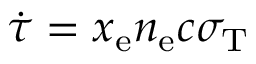
\dot { \tau } = x _ { \mathrm { e } } n _ { \mathrm { e } } c \sigma _ { \mathrm { T } }